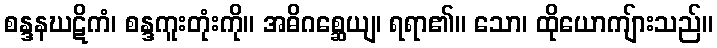
စန္ဒနဃဋိကံ၊ စန္ဒကူးတုံးကို။ အဓိဂစ္ဆေယျ၊ ရရာ၏။ သော၊ ထိုယောကျ်ားသည်။